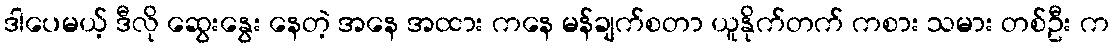
ဒါပေမယ့် ဒီလို ဆွေးနွေး နေတဲ့ အနေ အထား ကနေ မန်ချက်စတာ ယူနိုက်တက် ကစား သမား တစ်ဦး က